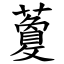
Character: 藑